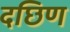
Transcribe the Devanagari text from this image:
दछिण